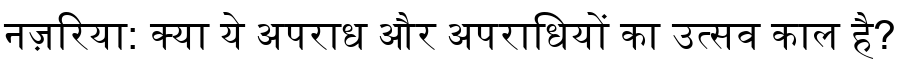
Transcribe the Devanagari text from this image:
नज़रिया: क्या ये अपराध और अपराधियों का उत्सव काल है?